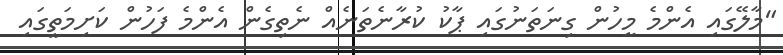
"މާލޭގައި އެންމެ މީހުން ގިނަތަނުގައި ޕާކު ކުރާނެތަނެއް ނެތިގެން އެންމެ ފަހުން ކަށިމަތީގައި